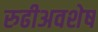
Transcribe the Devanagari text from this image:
रुढीअवशेष